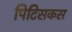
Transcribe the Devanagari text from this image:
पिटिसकस